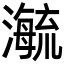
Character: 𬉕